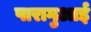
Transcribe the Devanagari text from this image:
पारागुआई